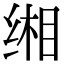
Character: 缃